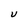
Character: U